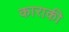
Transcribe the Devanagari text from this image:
काराकी